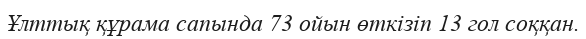
Ұлттық құрама сапында 73 ойын өткізіп 13 гол соққан.